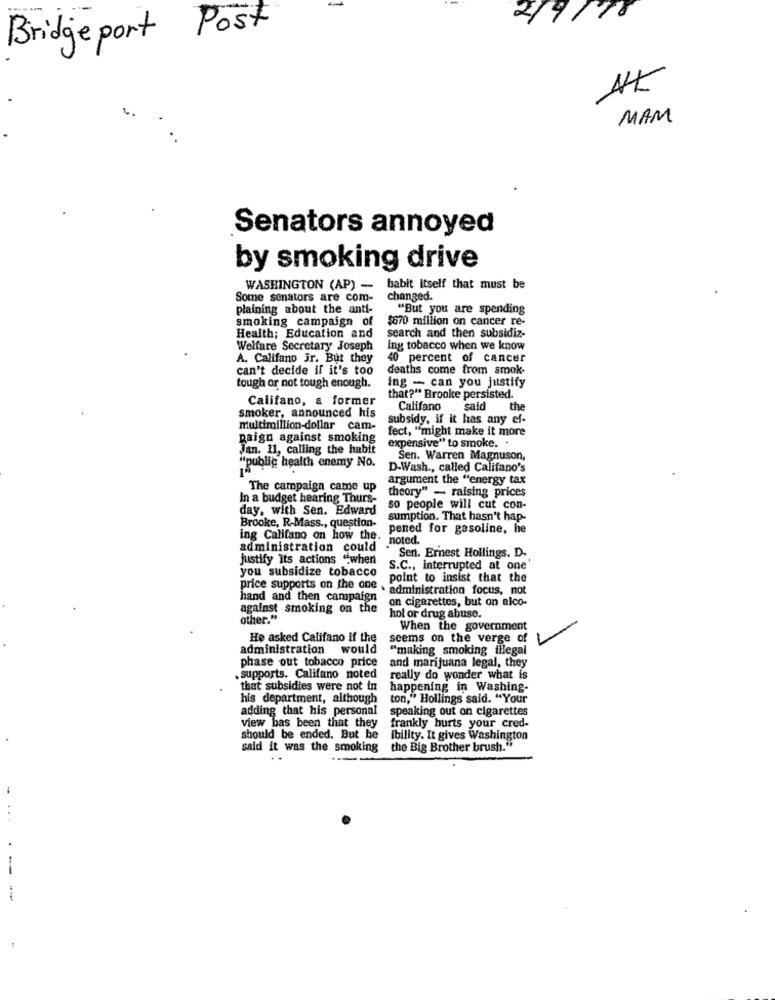
2/9/18
Bridgeport Post
AK
MAM
Senators annoyed
by smoking drive
WASHINGTON (AP) - babit Itself that must be
Some senators are com-
changed.
plaining about the anti-
"But you are spending
smoking campaign of
$670 million on cancer re-
Health; Education and
search and then subsidiz-
Welfare Secretary Joseph
ing tobacco when we know
A. Califano jr. But they
40 percent of cancer
can't decide if it's too
deaths come from smok-
ing - can you justify
tough or not tough enough.
Califano, a former
that?" Brooke persisted.
Califano
said
the
smoker, announced his
subsidy, if it has any ef-
multimillion-dollar cam-
fect, "might make it more
paign against smoking
Jan. 11, calling the habit
expensive" to smoke. .
Sen. Warren Magnuson,
ipublic health enemy No.
D.Wash ., called Califano's
argument the "energy tax
The campaign came up
theory" - raising prices
In a budget hearing Thurs-
day, with Sen. Edward
so people will cut con-
sumption. That hasn't hap-
Brooke, R-Mass ., question-
pened for gasoline, he
ing Califano on how the.
noted.
administration could
Sen. Ernest Hollings. D.
justify its actions "when
S.C ., interrupted at one
you subsidize tobacco
point to insist that the
price supports on the one . administration focus, not
hand and then campaign
on cigarettes, but on alco-
against smoking on the
other."
hol or drug abuse.
When the government
He asked Califano If the
seems on the verge of
administration
would
"making smoking illegal
phase out tobacco price
and marijuana legal, they
.supports. Califano noted
really do wonder what is
that subsidies were not in
happening in Washing
his department, although
ton," Hollings said. "Your
adding that his personal
speaking out on cigarettes
view bas been that they
frankly hurts your cred-
should be ended. But he
ibility. It gives Washington
said it was the smoking
the Big Brother brush."